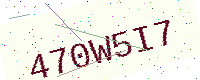
Text: 470W5I7